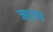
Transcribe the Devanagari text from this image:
ऋतम